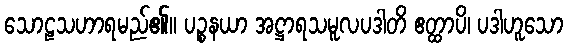
သောဠသဟာရမည်၏။ ပဉ္စနယာ အဋ္ဌာရသမူလပဒါတိ ဧတ္ထာပိ၊ ပဒါဟူသော